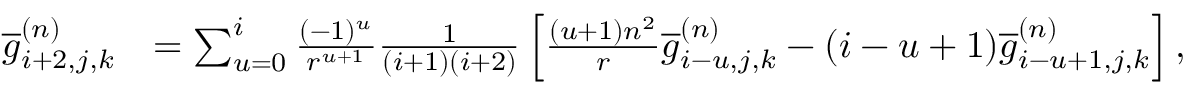
\begin{array} { r l } { \overline { { g } } _ { i + 2 , j , k } ^ { ( n ) } } & { = \sum _ { u = 0 } ^ { i } \frac { ( - 1 ) ^ { u } } { r ^ { u + 1 } } \frac { 1 } { ( i + 1 ) ( i + 2 ) } \left[ \frac { ( u + 1 ) n ^ { 2 } } { r } \overline { { g } } _ { i - u , j , k } ^ { ( n ) } - ( i - u + 1 ) \overline { { g } } _ { i - u + 1 , j , k } ^ { ( n ) } \right] , } \end{array}